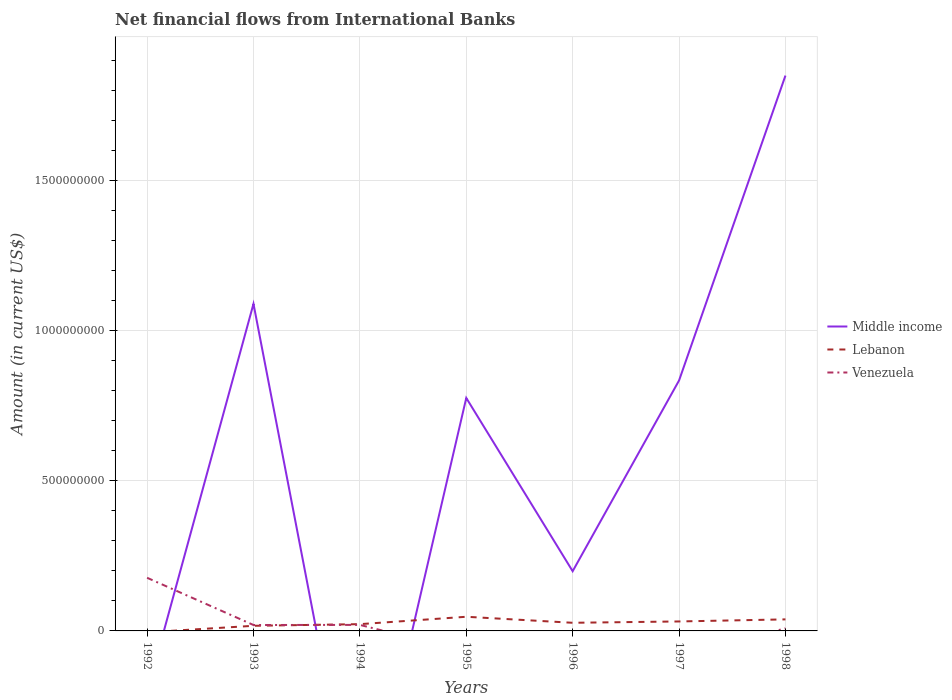
| Years | Middle income | Lebanon | Venezuela |
 | --- | --- | --- | --- |
 | 1992 | -2.04e+08 | -4.64e+06 | 1.77e+08 |
 | 1993 | 1.09e+09 | 1.70e+07 | 1.97e+07 |
 | 1994 | -7.49e+08 | 2.25e+07 | 2.01e+07 |
 | 1995 | 7.75e+08 | 4.71e+07 | -6.91e+07 |
 | 1996 | 1.99e+08 | 2.71e+07 | -1.21e+08 |
 | 1997 | 8.34e+08 | 3.15e+07 | -8.13e+07 |
 | 1998 | 1.85e+09 | 3.84e+07 | 8.53e+06 |